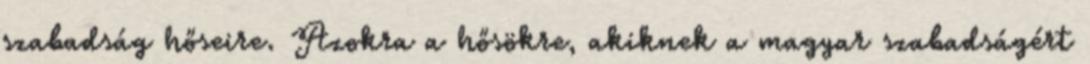
szabadság hőseire. Azokra a hősökre, akiknek a magyar szabadságért